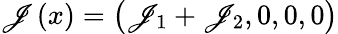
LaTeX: \mathscr{J}\left(x\right)=\left(\mathscr{J}_{1}+\mathscr{J}_{2},0,0,0\right)